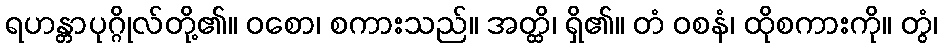
ရဟန္တာပုဂ္ဂိုလ်တို့၏။ ဝစော၊ စကားသည်။ အတ္ထိ၊ ရှိ၏။ တံ ဝစနံ၊ ထိုစကားကို။ တွံ၊